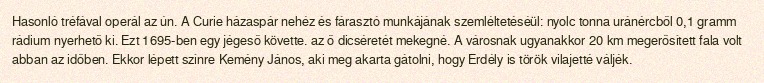
Hasonló tréfával operál az ún. A Curie házaspár nehéz és fárasztó munkájának szemléltetéséül: nyolc tonna uránércből 0,1 gramm rádium nyerhető ki. Ezt 1695-ben egy jégeső követte. az ő dicséretét mekegné. A városnak ugyanakkor 20 km megerősített fala volt abban az időben. Ekkor lépett színre Kemény János, aki meg akarta gátolni, hogy Erdély is török vilajetté váljék.